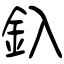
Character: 釞